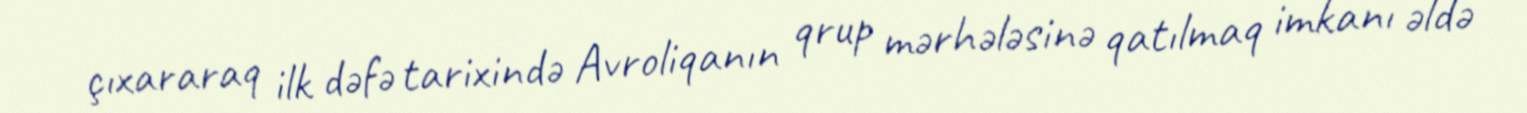
çıxararaq ilk dəfə tarixində Avroliqanın qrup mərhələsinə qatılmaq imkanı əldə